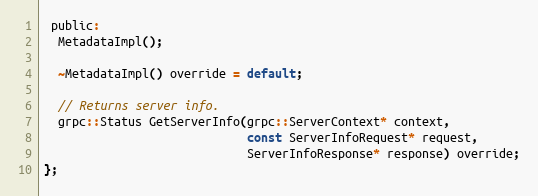
Language: C
 public:
  MetadataImpl();

  ~MetadataImpl() override = default;

  // Returns server info.
  grpc::Status GetServerInfo(grpc::ServerContext* context,
                             const ServerInfoRequest* request,
                             ServerInfoResponse* response) override;
};